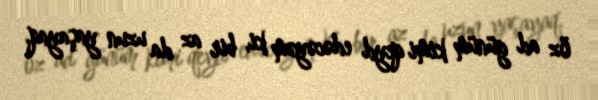
öz ad günüm kimi qeyd edəcəyəm ki, bir az da uzun yaşayaq.